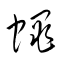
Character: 蝿